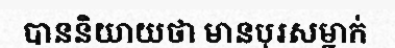
បាននិយាយថា មានបុរសម្នាក់